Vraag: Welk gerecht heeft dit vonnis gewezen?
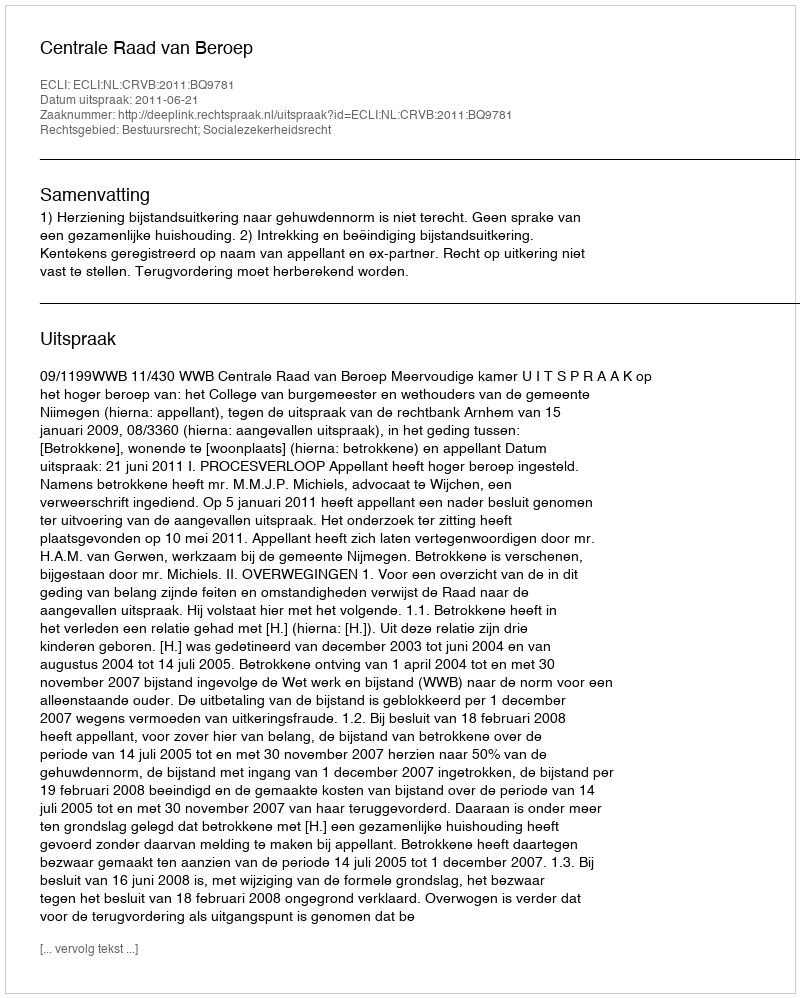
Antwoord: Centrale Raad van Beroep